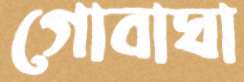
গোবাঘা